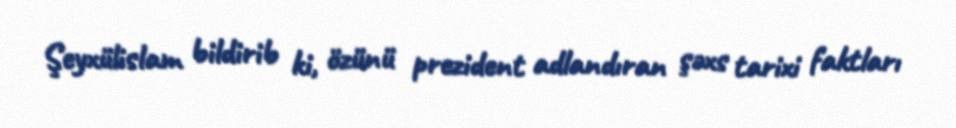
Şeyxülislam bildirib ki, özünü prezident adlandıran şəxs tarixi faktları